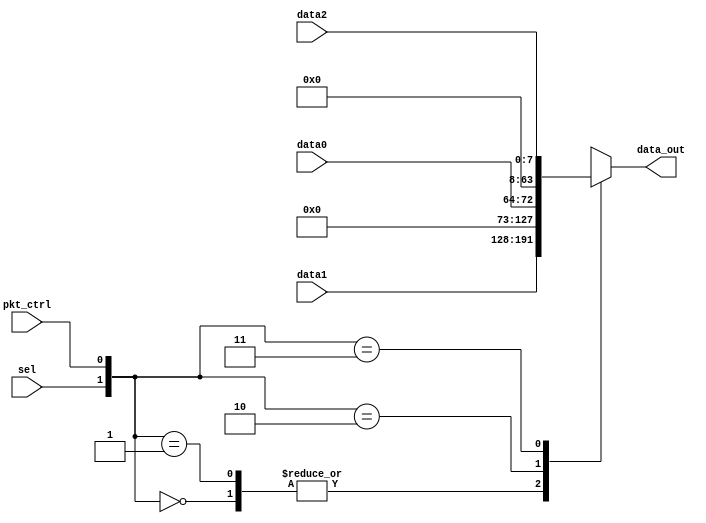
`timescale 1ns / 1ps
//////////////////////////////////////////////////////////////////////////////////
// Company: 
// Engineer: 
// 
// Design Name: 
// Module Name:    ctl_data_mux 
// Project Name: 
// Target Devices: 
// Tool versions: 
// Description: 
//
// Dependencies: 
//
// Revision: 
// Revision 0.01 - File Created
// Additional Comments: 
//
//////////////////////////////////////////////////////////////////////////////////
module ctl_data_mux(
		input [8:0] data0,
		input [63:0] data1,
		input [7:0] data2,
		input sel,
		input pkt_ctrl,
		output [63:0] data_out
    );
	 wire [63:0] d0;
	 wire [63:0] d2;
	 assign d0 = {55'd0, data0[8:0]};
	 assign d2 = {56'd0, data2[7:0]};
	 reg [63:0] dout;
	 assign data_out = dout;
		
		always @(*)
		begin
			case ({sel, pkt_ctrl})
				2'b00:	dout[63:0] = data1[63:0];
				2'b01:	dout[63:0] = data1[63:0];
				2'b10:	dout[63:0] = d0;
				2'b11:	dout[63:0] = d2;
			endcase
		end

endmodule